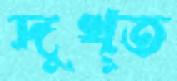
দুখ্ত